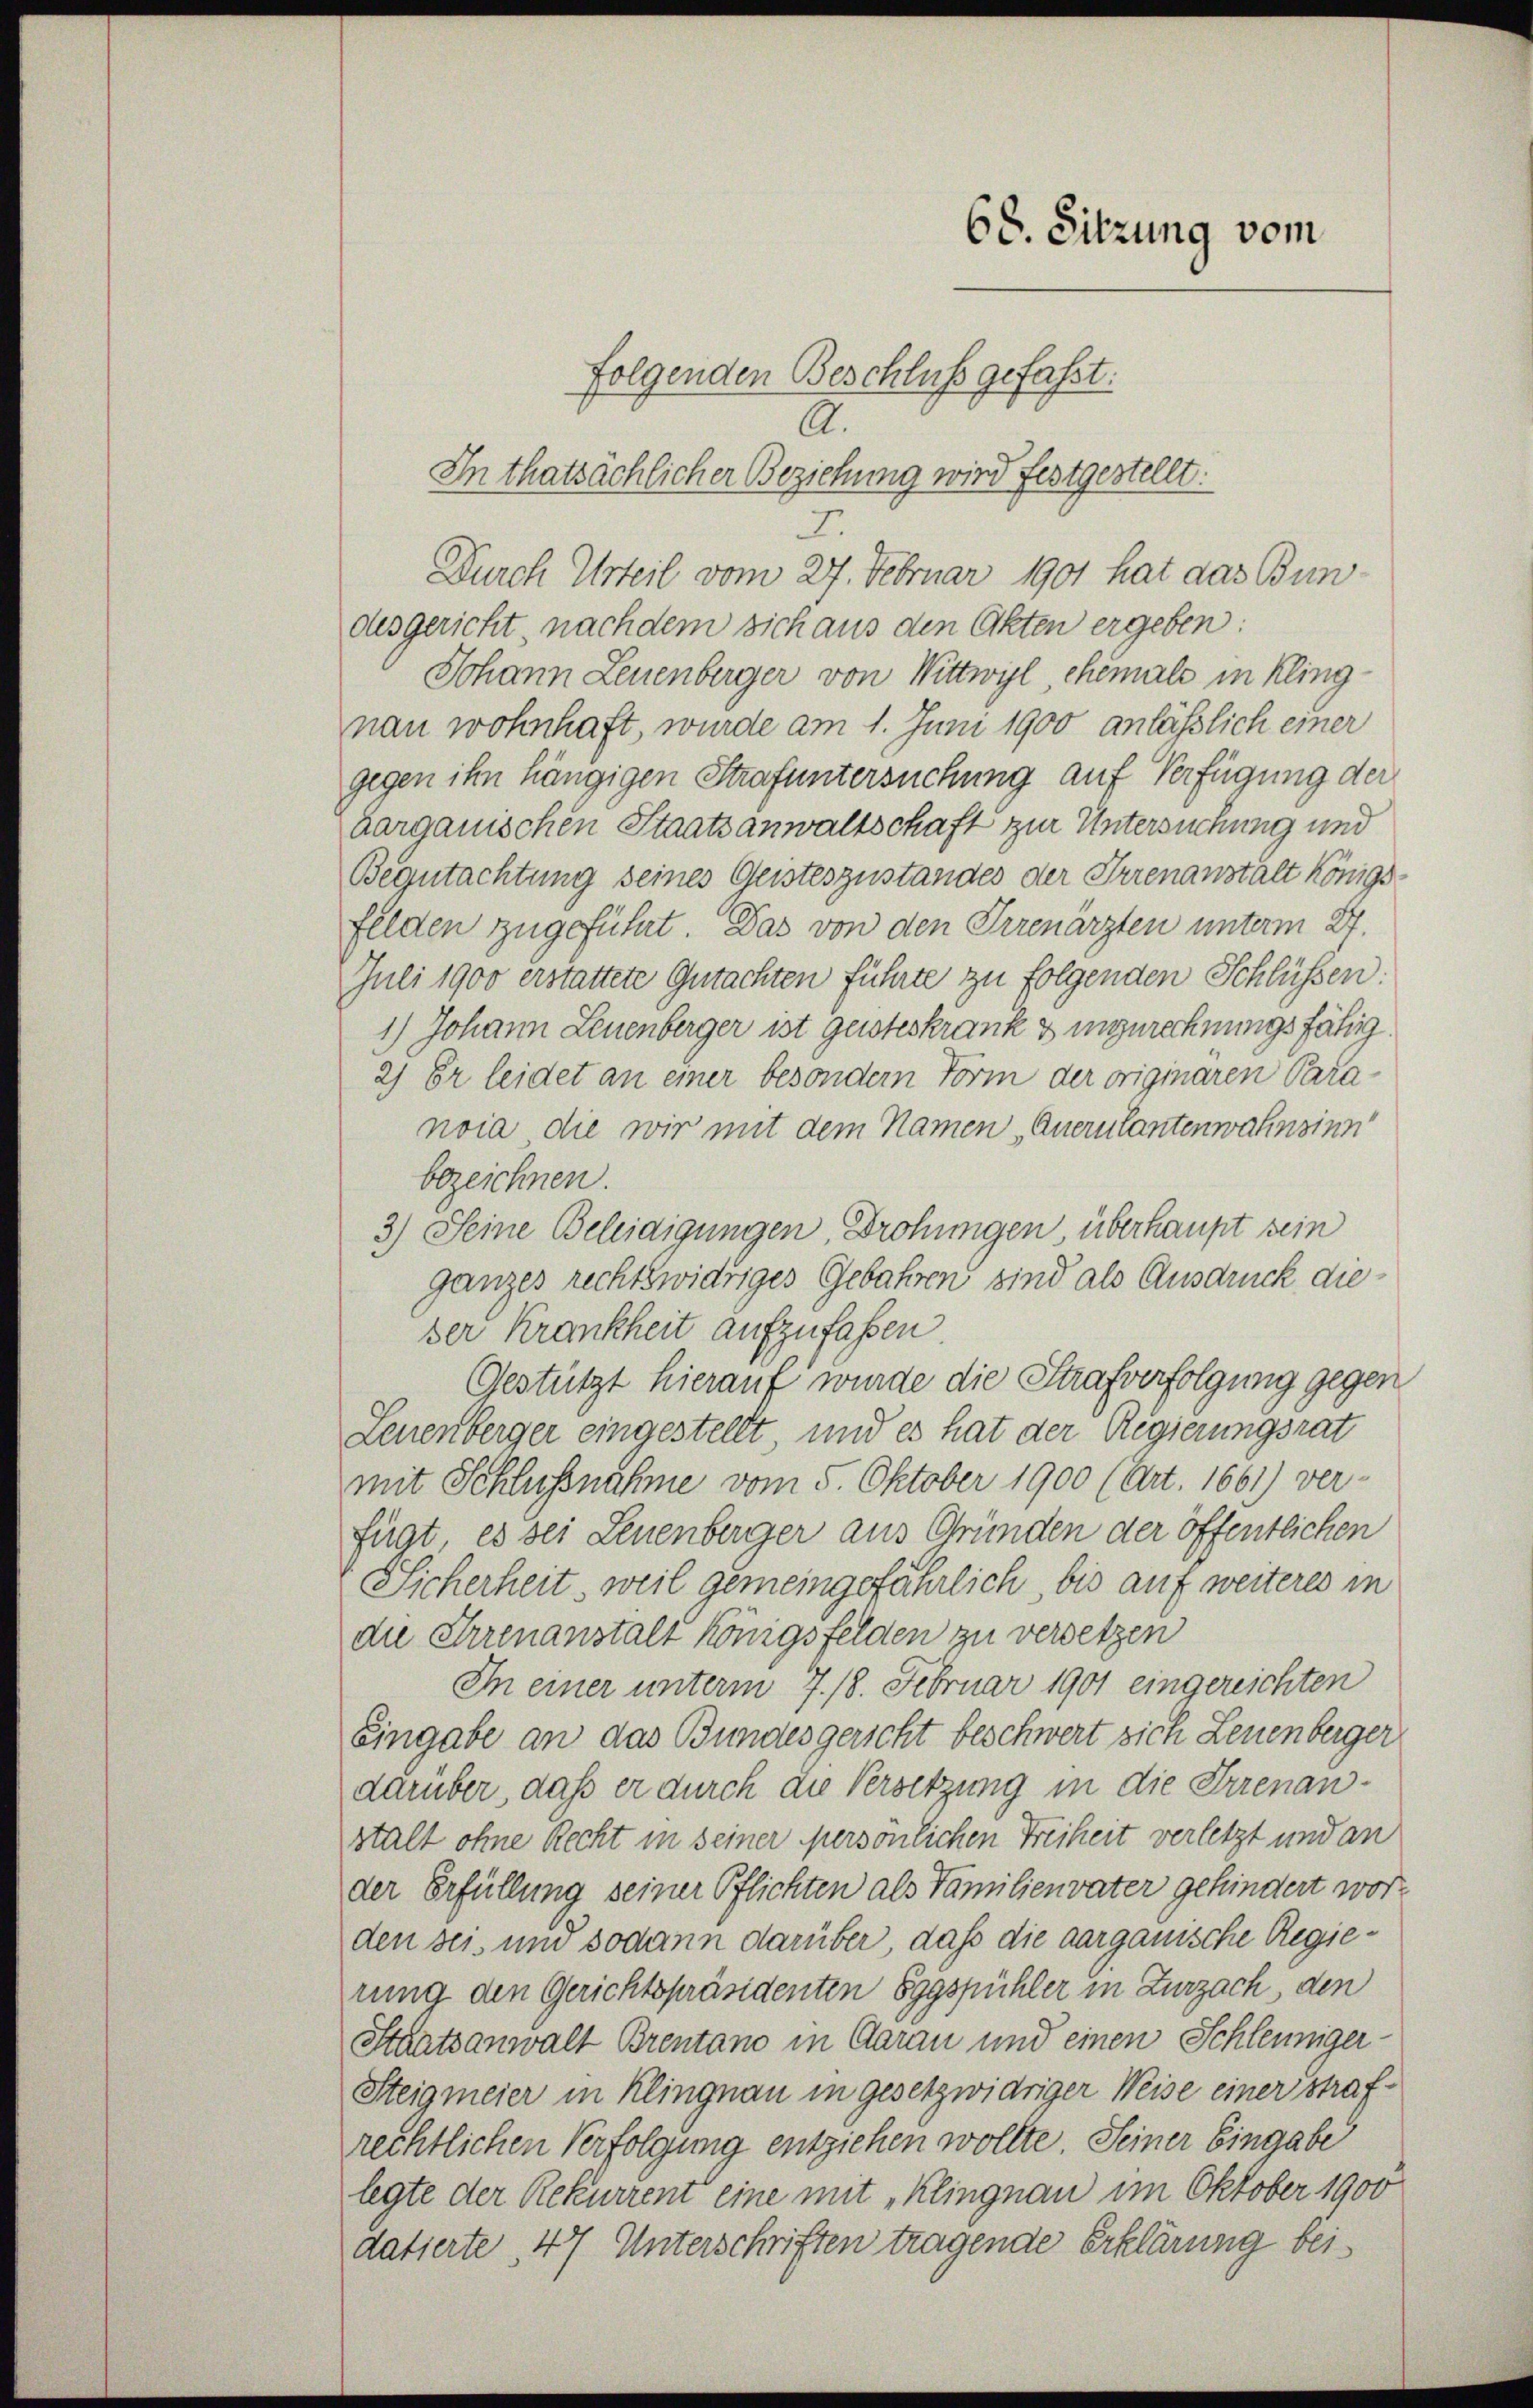
folgenden Beschluß gefaßt:
A.
In thatsächlicher Beziehung wird festgestellt.
5
Durch Urteil vom 27. Februar 1901 hat das Bundesgericht, nachdem sich aus den Akten ergeben:
Johann Leuenberger von Wittwyl, chemals in klingnan wohnhaft, wurde am 1. Juni 1900 anläßlich einer
gegen ihn hängigen Strafuntersuchung auf Verfügung der
Aargauischen Staatsanwaltschaft zur Untersuchung und
Begutachtung seines Geisteszustandes der Irrenanstalt Königsfelden zugeführt. Das von den Irrenärzten unterm 27.
Juli 1900 erstattete Gutachten führte zu folgenden Schlüssen:
1) Johann Leuenberger ist geisteskrank & unzurechnungsfähig.
2) Er leidet an einer besondern Form der originaren Para-
noia die wir mit dem Namen „Auerulantenwahnsinn
bezeichnen.
3) Seine Beleidigungen, Drohungen, überhaupt sein
ganzes rechtswidriges Gebahren sind als Ausdruck die
der Krankheit aufzufaßen.
Gestützt hierauf wurde die Strafverfolgung gegen
Leuenberger eingestellt, und es hat der Regierungsrat
mit Schlussnahme vom 5. Oktober 1900 (Art. 1661) ver-
fügt, es sei Leuenberger aus Gründen der öffentlichen
Sicherheit, weil gemeingefährlich bis auf weiteres in
die Irrenanstalt Königsfelden zu versetzen
In einer unterm 7. 18. Februar 1901 eingereichten
Eingabe an das Bundesgericht beschwert sich Leuenberger
darüber, daß er durch die Versetzung in die Irrenanstalt ohne Recht in seiner persönlichen Freiheit verletzt und an
der Erfüllung seiner Pflichten als Familienvater gehindert worden sei, und sodann darüber, daß die aargauische Regierung den Gerichtspräsidenten Eggspühler in Zurzach, den
Staatsanwalt Brentano in Aarau und einen Schleuniger
Steigmeier in Klingnau in gesetzwidriger Weise einer strafrechtlichen Verfolgung entziehen wollte. Seiner Eingabe
legte der Rekurrent eine mit Klingnau im Oktober 1900
datierte, 47 Unterschriften tragende Erklärung bei

68. Sitzung vom